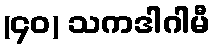
(၄၀) သကဒါဂါမီ